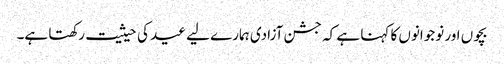
بچوں اور نوجوانوں کا کہنا ہے کہ جشن آزادی ہمارے لیے عید کی حیثیت رکھتا ہے۔